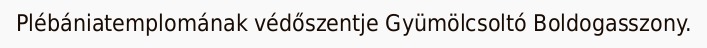
Plébániatemplomának védőszentje Gyümölcsoltó Boldogasszony.